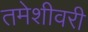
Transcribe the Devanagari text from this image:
तमेशीवरी